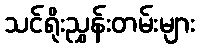
သင်ရိုးညွှန်းတမ်းများ